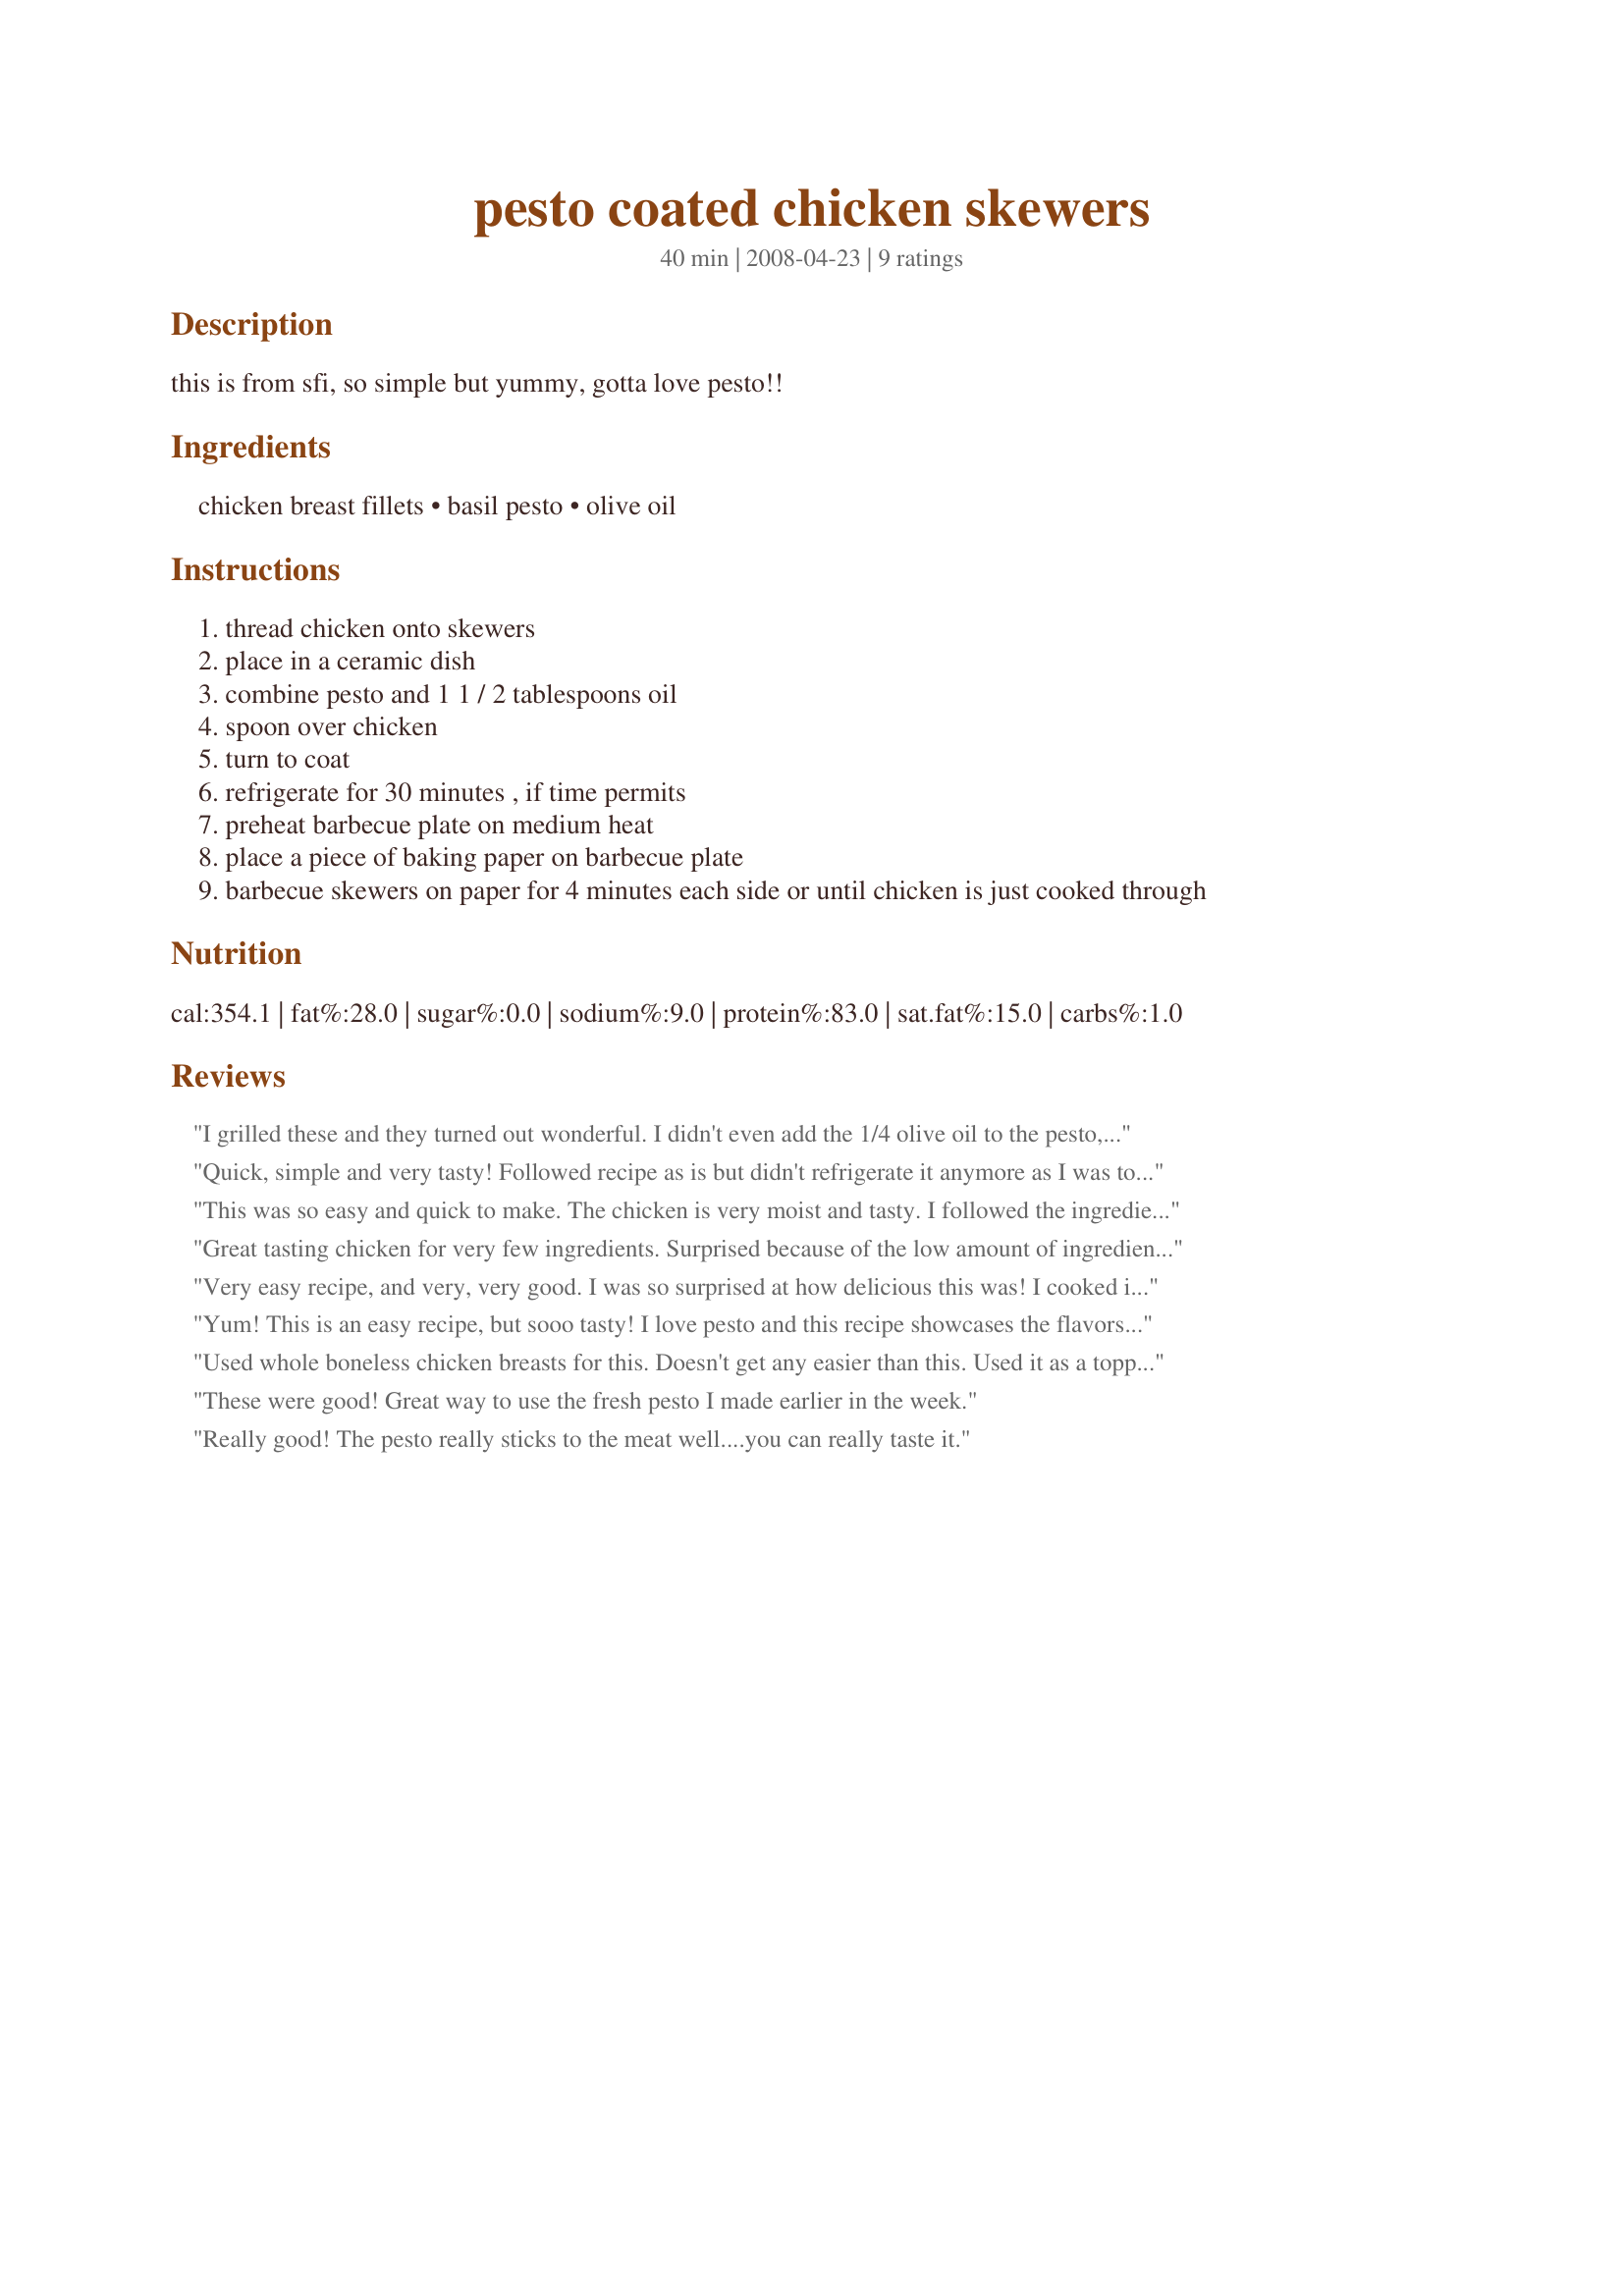
pesto coated chicken skewers
Preparation time: 40 minutes

this is from sfi, so simple but yummy, gotta love pesto!!

Ingredients:
chicken breast fillets, basil pesto, olive oil

Steps:
thread chicken onto skewers
place in a ceramic dish
combine pesto and 1 1 / 2 tablespoons oil
spoon over chicken
turn to coat
refrigerate for 30 minutes , if time permits
preheat barbecue plate on medium heat
place a piece of baking paper on barbecue plate
barbecue skewers on paper for 4 minutes each side or until chicken is just cooked through

Reviews:
I grilled these and they turned out wonderful. I didn't even add the 1/4 olive oil to the pesto, I used threaded the chicken, poured pesto over, let sit for 30 minutes and grilled. My nephew, who rarely eats anything at all, ate 2 whole skewers by himself. This was so quick and easy I plan to do this again real soon. Thank you so much for sharing. Made for Beverage Tag.
Quick, simple and very tasty! Followed recipe as is but didn't refrigerate it anymore as I was too in a hurry to eat this. lol
Thank you, Mandy!
This was so easy and quick to make. The chicken is very moist and tasty. I followed the ingredients per recipe. My DH barbecued this on the grill. Made for Beverage Tag.
Great tasting chicken for very few ingredients. Surprised because of the low amount of ingredients. Very low cost and very good here. Liked how the pesto stuck to the chicken. Nice simple and a quick recipe. Made for Zaar Stars. :)
Very easy recipe, and very, very good. I was so surprised at how delicious this was! I cooked it on the grill...I don't know what a barbecue plate is :). Made this after work, and it was quick and easy. I'll use this recipe again. Thanks for posting!
Yum! This is an easy recipe, but sooo tasty! I love pesto and this recipe showcases the flavors nicely.
Used whole boneless chicken breasts for this. Doesn't get any easier than this. Used it as a topping on my Recipe #306740. If you like pesto, I'd think you would like this. I would make it in large batches to be tossed in salads and in quick pasta dishes. Thanks, babe! Made for ZWT4 Italy.
These were good! Great way to use the fresh pesto I made earlier in the week.
Really good! The pesto really sticks to the meat well....you can really taste it.
